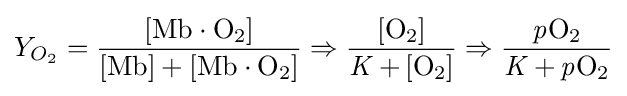
Y_{O_{2}}={\rm {{\frac {[Mb\cdot O_{2}]}{[Mb]+[Mb\cdot O_{2}]}}\Rightarrow {\rm {{\frac {[O_{2}]}{\it {{K}\,{\rm {+\,[O_{2}]}}}}}\Rightarrow {\rm {\frac {\it {p{\rm {O_{2}}}}}{\it {{K}\,{\rm {+\,{\it {p{\rm {O_{2}}}}}}}}}}}}}}}